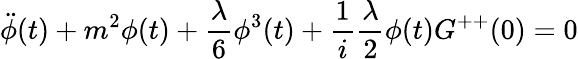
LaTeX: \ddot{\phi}(t)+m^{2}\phi(t)+\frac{\lambda}{6}\phi^{3}(t)+\frac{1}{i}\frac{\lambda}{2}\phi(t)G^{++}(0)=0